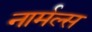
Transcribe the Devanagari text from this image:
नार्मल्स